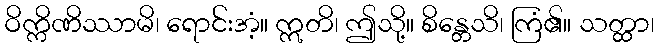
ဝိက္ကိဏိဿာမိ၊ ရောင်းအံ့။ ဣတိ၊ ဤသို့။ စိန္တေသိ၊ ကြံ၏။ သတ္ထာ၊